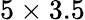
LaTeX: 5\times 3.5